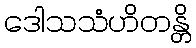
ဒေါသသံဟိတန္တိ